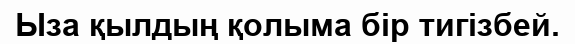
Ыза қылдың қолыма бір тигізбей.